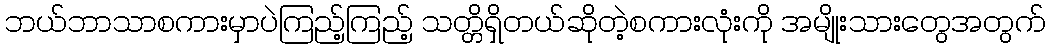
ဘယ်ဘာသာစကားမှာပဲကြည့်ကြည့် သတ္တိရှိတယ်ဆိုတဲ့စကားလုံးကို အမျိုးသားတွေအတွက်